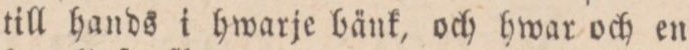
till hands i hwarje bänk, och hwar och en